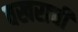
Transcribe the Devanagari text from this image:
वखराची